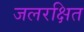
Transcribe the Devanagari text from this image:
जलरक्षित